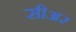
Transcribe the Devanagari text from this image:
सीअर